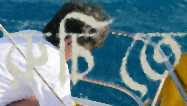
রুচিতে